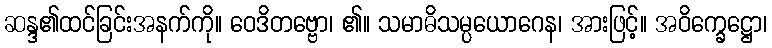
ဆန္ဒ၏ထင်ခြင်းအနက်ကို။ ဝေဒိတဗ္ဗော၊ ၏။ သမာဓိသမ္ပယောဂေန၊ အားဖြင့်။ အဝိက္ခေဋ္ဌော၊